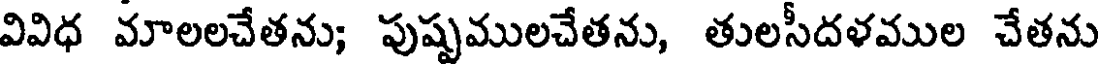
వివిధ మాలలచేతను; పుష్పములచేతను, తులసీదళముల చేతను